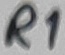
Text: R1